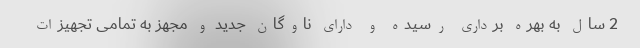
2 سال به بهره برداری رسیده و دارای ناوگان جدید و مجهز به تمامی تجهیزات